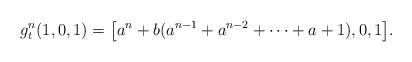
LaTeX: \begin{align*} g_t^n(1,0,1) = \bigl[a^n+b(a^{n-1}+a^{n-2}+\cdots+a+1),0,1\bigr].\end{align*}